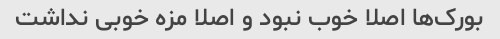
بورک‌ها اصلا خوب نبود و اصلا مزه خوبی نداشت